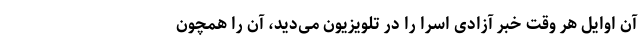
آن اوایل هر وقت خبر آزادی اسرا را در تلویزیون می‌دید، آن ‌را همچون